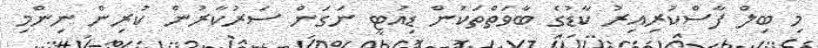
މި ބިލް ފާސްކުރިއިރު ކާޑުގެ ބާވަތްތަކުން ޑިއުޓީ ނަގަން ސަރުކާރުން ކުރިން ނިންމި